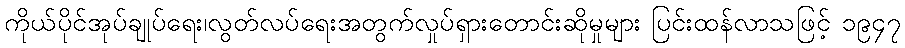
ကိုယ်ပိုင်အုပ်ချုပ်ရေး၊လွတ်လပ်ရေးအတွက်လှုပ်ရှားတောင်းဆိုမှုများ ပြင်းထန်လာသဖြင့် ၁၉၄၇